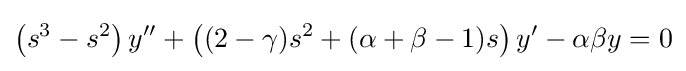
\left(s^{3}-s^{2}\right)y''+\left((2-\gamma )s^{2}+(\alpha +\beta -1)s\right)y'-\alpha \beta y=0